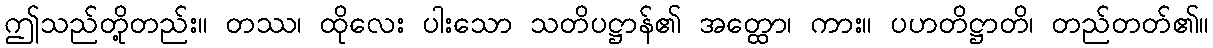
ဤသည်တို့တည်း။ တဿ၊ ထိုလေး ပါးသော သတိပဋ္ဌာန်၏ အတ္ထော၊ ကား။ ပဟတိဋ္ဌာတိ၊ တည်တတ်၏။